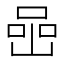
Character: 喦